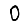
Digit: 0